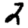
Digit: 2